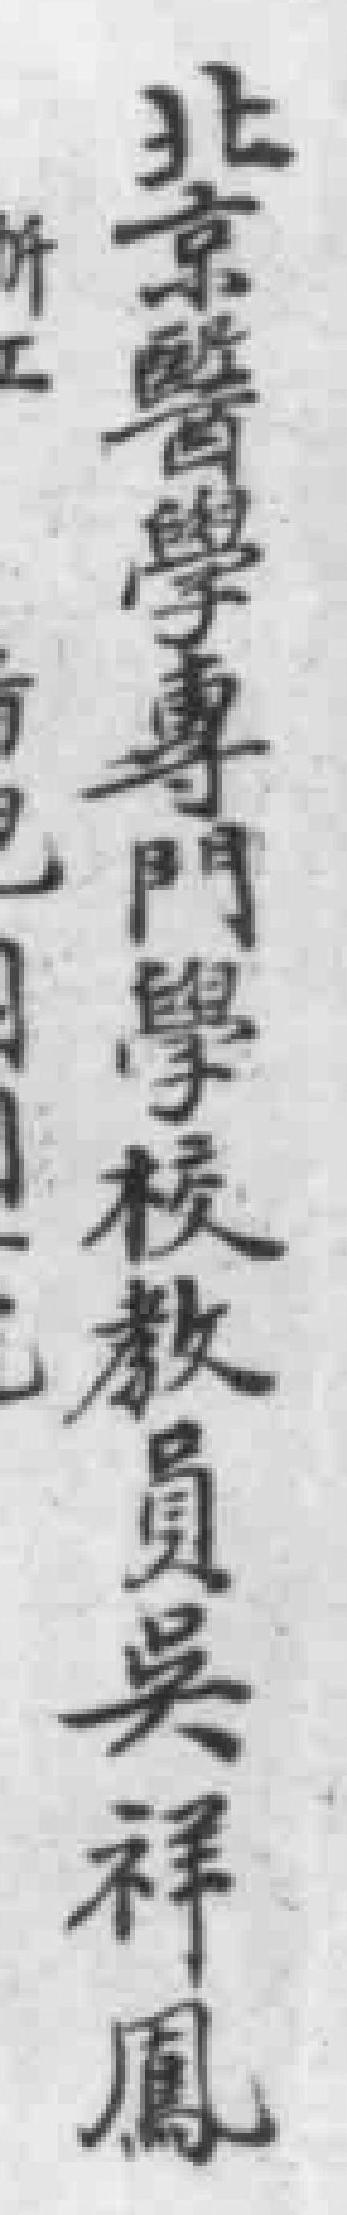
北京醫學專門學校教員吳祥鳳